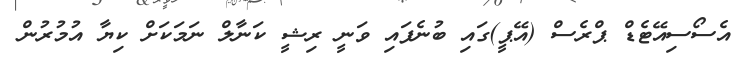
އެސޯސިއޭޓެޑް ޕްރެސް (އޭޕީ)ގައި ބުނެފައި ވަނީ ރިޝީ ކަނާލް ނަމަކަށް ކިޔާ އުމުރުން